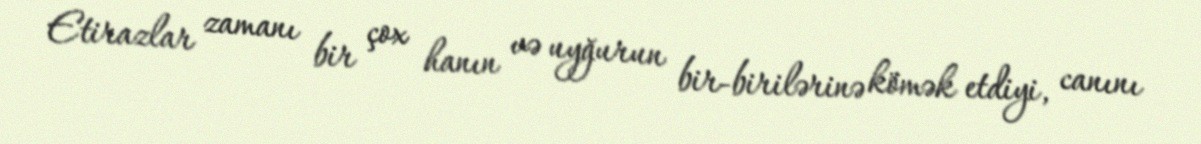
Etirazlar zamanı bir çox hanın və uyğurun bir-birilərinə kömək etdiyi, canını